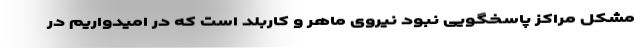
مشکل مراکز پاسخگویی نبود نیروی ماهر و کاربلد است که در امیدواریم در